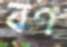
বণ